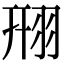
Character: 䍾